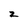
Character: z